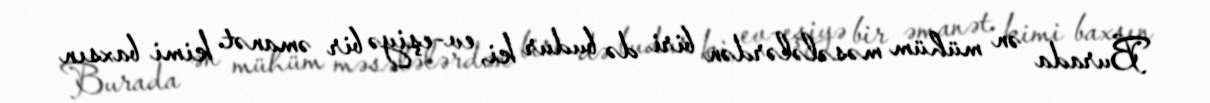
Burada ən mühüm məsələlərdən biri də budur ki, ev-eşiyə bir əmanət kimi baxsın